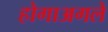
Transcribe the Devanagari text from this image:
होगाअगले